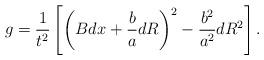
LaTeX: \begin{align*}g={1\over t^2}\left[\left(Bdx + {b\over a}dR\right)^2 - {b^2\over a^2}dR^2\right].\end{align*}